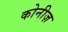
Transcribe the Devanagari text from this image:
कोनीज़